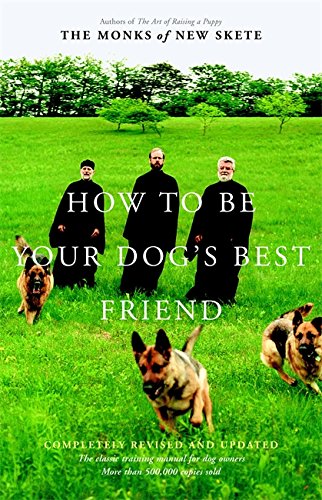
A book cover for How to Be Your Dog's Best Friend: The Classic Training Manual for Dog Owners (Revised & Updated Edition); Monks of New Skete; Crafts, Hobbies & Home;